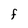
Character: F